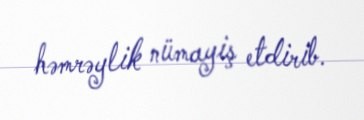
həmrəylik nümayiş etdirib.